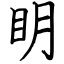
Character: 眀